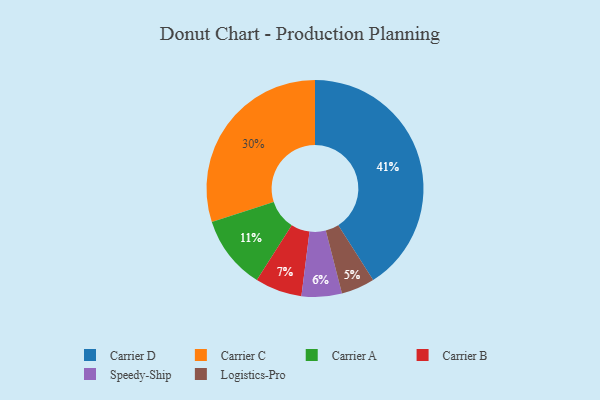
{"axis": {"x": "Category", "y": "Percentage"}, "legend": ["Carrier A", "Carrier B", "Carrier C", "Carrier D", "Logistics-Pro", "Speedy-Ship"], "data": [{"x": "Carrier A", "y": 11, "type": "Carrier A"}, {"x": "Carrier C", "y": 30, "type": "Carrier C"}, {"x": "Carrier B", "y": 7, "type": "Carrier B"}, {"x": "Logistics-Pro", "y": 5, "type": "Logistics-Pro"}, {"x": "Carrier D", "y": 41, "type": "Carrier D"}, {"x": "Speedy-Ship", "y": 6, "type": "Speedy-Ship"}]}